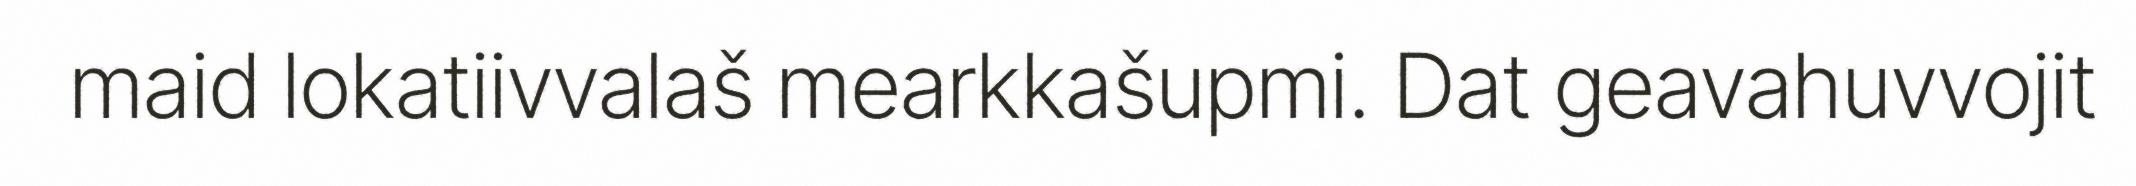
maid lokatiivvalaš mearkkašupmi. Dat geavahuvvojit